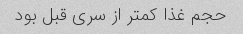
حجم غذا کمتر از سری قبل بود